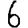
Digit: 6